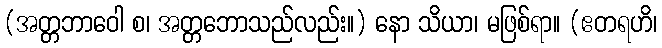
(အတ္တဘာဝေါ စ၊ အတ္တဘောသည်လည်း။) နော သိယာ၊ မဖြစ်ရာ။ (ဧတရဟိ၊